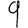
Digit: 9